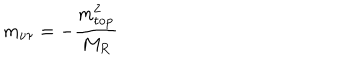
m _ { \nu \tau } = - \frac { m _ { \mathrm { t o p } } ^ { 2 } } { M _ { R } }